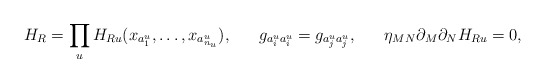
\begin{align*} H_R=\prod_{u}H_{Ru}(x_{a^u_1},\dots,x_{a^u_{n_u}}),~~~~~ g_{a^u_i a^u_i}=g_{a^u_j a^u_j},~~~~~ \eta_{MN}\partial_M\partial_N H_{Ru}=0,\end{align*}